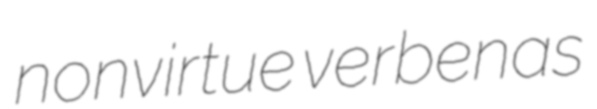
nonvirtue verbenas